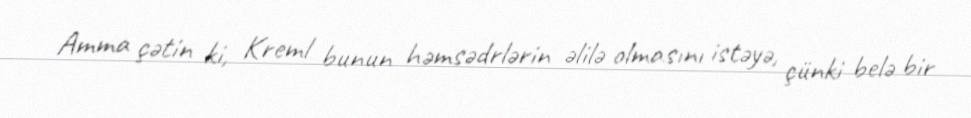
Amma çətin ki, Kreml bunun həmsədrlərin əlilə olmasını istəyə, çünki belə bir